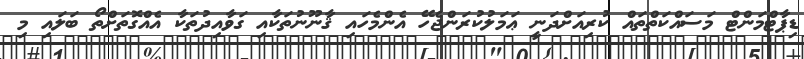
ޑިޕާޓްމަންޓް މަސައްކަތްތައް ކުރިއަށްދަނީ ޢަމަލުކުރަންޖެހޭ އެންމެހައި ޤާނޫނުތަކާއި ގަވާއިދުތަކާ އެއްގޮތަށްތޯ ބަލައި މި